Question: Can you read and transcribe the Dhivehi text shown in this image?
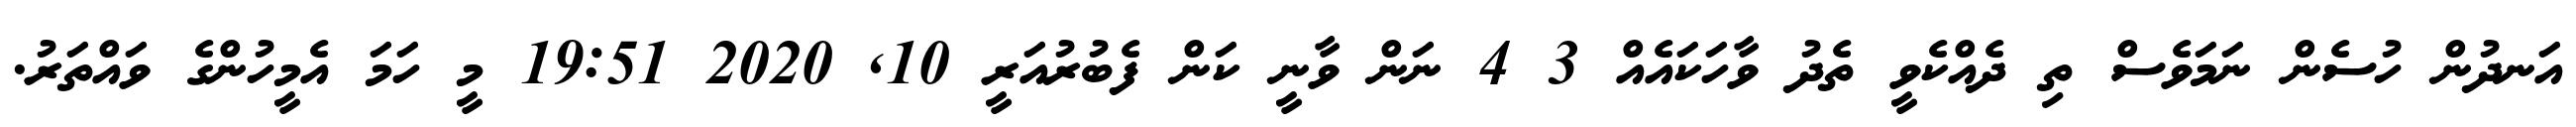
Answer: އަނދުން ހުސެން ނަމަވެސް ތި ދެއްކެވީ ތެދު ވާހަކައެއް 3 4 ނަން ވާނީ ކަން ފެބުރުއަރީ 10, 2020 19:51 މީ ހަމަ އެމީހުންގެ ވައްތަރު.